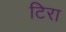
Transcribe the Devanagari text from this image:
टिरा